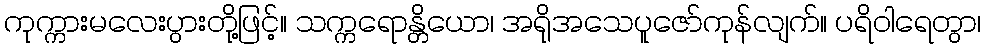
ကုက္ကားမလေးပွားတို့ဖြင့်။ သက္ကရောန္တိယော၊ အရိုအသေပူဇော်ကုန်လျက်။ ပရိဝါရေတွာ၊